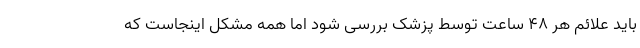
باید علائم هر ۴۸ ساعت توسط پزشک بررسی شود اما همه مشکل اینجاست که